Source: Handwritten
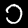
Digit: ၁ (1)